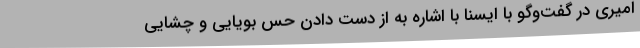
امیری در گفت‌وگو با ایسنا با اشاره به از دست دادن حس بویایی و چشایی